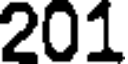
201